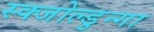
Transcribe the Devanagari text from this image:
स्क्जोल्डुन्गा